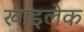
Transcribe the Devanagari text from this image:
खाइलेक